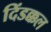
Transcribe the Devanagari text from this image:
दिंडक्कल